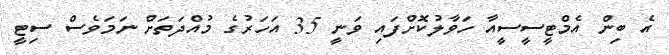
އެ ބިން އެމްޓީސީސީއާ ހަވާލުކޮށްފައި ވަނީ 35 އަހަރުގެ މުއްދަތަށް ނަމަވެސް ސިޓީ